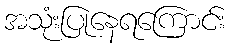
အသုံးပြုနေရကြောင်း